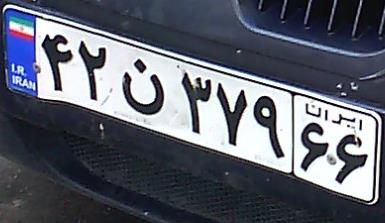
۴۲ن۳۷۹۶۶